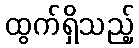
ထွက်ရှိသည့်